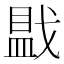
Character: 𪭓